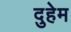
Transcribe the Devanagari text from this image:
दुहेम